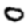
Digit: 0